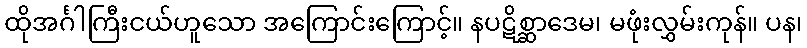
ထိုအင်္ဂါကြီးငယ်ဟူသော အကြောင်းကြောင့်။ နပဋိစ္ဆာဒေမ၊ မဖုံးလွှမ်းကုန်။ ပန၊